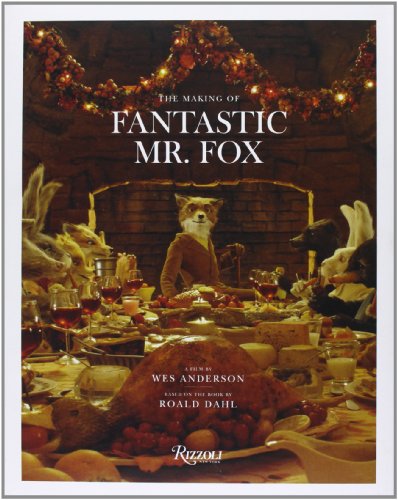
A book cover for The Making of Fantastic Mr. Fox; Wes Anderson; Humor & Entertainment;